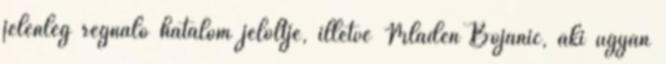
jelenleg regnáló hatalom jelöltje, illetve Mladen Bojanić, aki ugyan